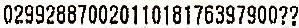
02992887002011018176397900??